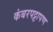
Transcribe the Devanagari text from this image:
कंबरपट्टापण